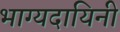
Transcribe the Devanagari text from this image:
भाग्यदायिनी